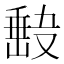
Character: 𭆵